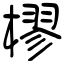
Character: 樛